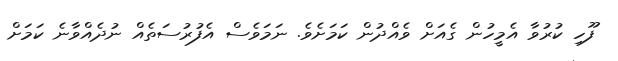
ފޫހި ކުރުވާ އެމީހުން ގެއަށް ވެއްދުން ކަމަށެވެ. ނަމަވެސް އެފުރުސަތެއް ނުދެއްވާނެ ކަމަށް